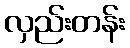
လှည်းတန်း